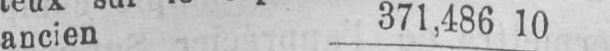
ancien 371,486 10